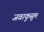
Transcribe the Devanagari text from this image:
जवाकुसुम